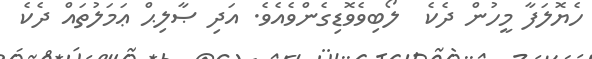
ހެޔޮލަފާ މީހުން ދެކެ  ލޯބިވެވޮޑިގެންވެއެވެ. އަދި ޞާލިޙް ޢަމަލުތައް ދެކެ